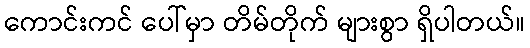
ကောင်းကင် ပေါ်မှာ တိမ်တိုက် များစွာ ရှိပါတယ်။